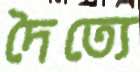
দৈত্যে